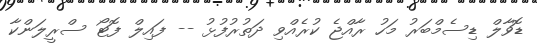
ޑޮވާލް ޑިސެމްބަރު މަހު ރާއްޖެ ކުރެއްވި ދަތުރުފުޅު -- ފައިލް ފޮޓޯ ސްރީލަންކާ